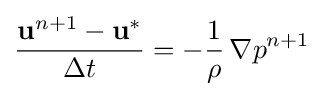
{\frac {\mathbf {u} ^{n+1}-\mathbf {u} ^{*}}{\Delta t}}=-{\frac {1}{\rho }}\,\nabla p^{n+1}